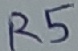
Text: R5